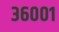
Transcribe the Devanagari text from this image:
३६००१